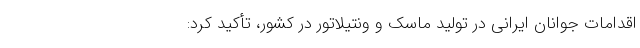
اقدامات جوانان ایرانی در تولید ماسک و ونتیلاتور در کشور، تأکید کرد: